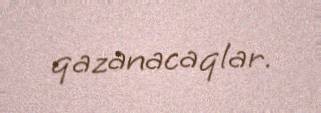
qazanacaqlar.